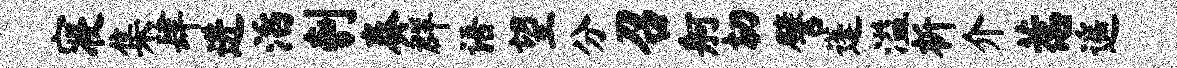
寝集肆进滔刳奏群语望分召舸切譬蓬溢析介惹遥